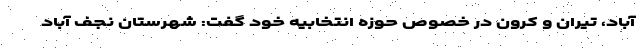
آباد، تیران و کرون در خصوص حوزه انتخابیه خود گفت: شهرستان نجف آباد